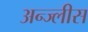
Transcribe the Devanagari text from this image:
अन्ज्लीस